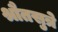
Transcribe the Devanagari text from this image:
श्रौतसुत्रे